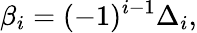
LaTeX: \beta_{i}=(-1)^{i-1}\Delta_{i},